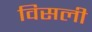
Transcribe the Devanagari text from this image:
विसली